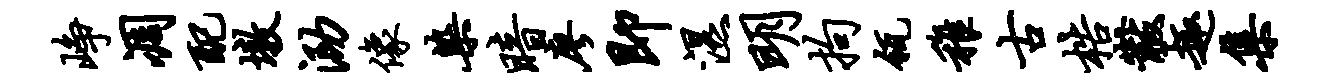
峥凋配墩泐像染暗廖即湿明拘瓴稚古梏黻趣集